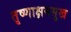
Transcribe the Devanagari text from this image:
तृष्णाक्षयसुख